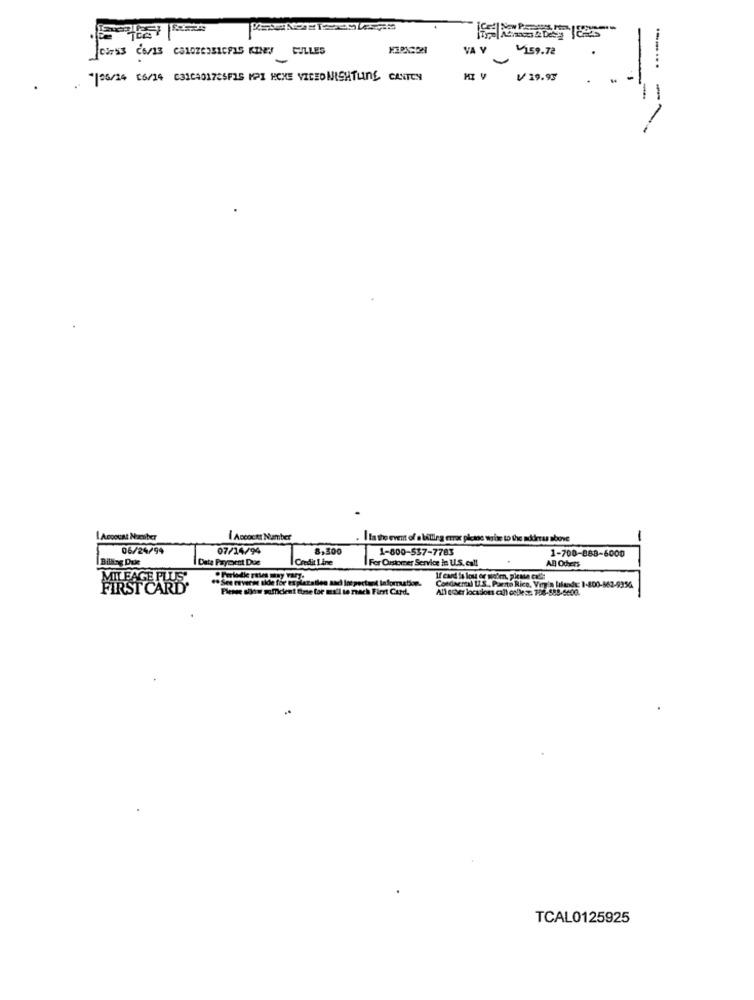
VA Y
1159.72
JOINS 26/13 CONOZCOBICPLS KINES GILLES
........
*/06/24 06/19 631C401725FIS KPI PENE VIDEO NIGHTLINE CASTER
V 19.95
-
-
Account Naenber
I Accocts Number
Ils the event of a lillieg error picane write to the address above
-
06/24/94
07/14/94
8,300
1-800-537-7783
1-700-888-6000
Billing Due
Date Payment Due
Credit Line
For Customer Service In U.S.call
AB Oders
** See reverse side for explarallen aad Inspectand Informtion.
FIRST CARE
Please show sufficient the toe maa'l to reach First Curd.
CordnerNl 12.S ., Puerto Rico, Very' lilands: 1-800-562-9354
All cser locations call colle :. 708-889-6600.
TCAL0125925